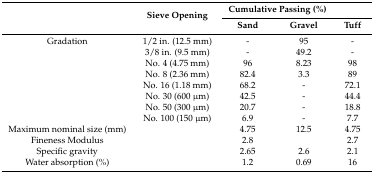
| <ROWSPAN=2>  | <ROWSPAN=2> Sieve Opening | <COLSPAN=2> Cumulative Passing (%) |  |
 | Sand | Gravel | Tuff |
 | --- | --- | --- | --- | --- |
 | Gradation | 1/2 in. (12.5 mm) | - | 95 | - |
 |  | 3/8 in. (9.5 mm) | - | 49.2 | - |
 |  | No. 4 (4.75 mm) | 96 | 8.23 | 98 |
 |  | No. 8 (2.36 mm) | 82.4 | 3.3 | 89 |
 |  | No. 16 (1.18 mm) | 68.2 | - | 72.1 |
 |  | No. 30 (600 μm) | 42.5 | - | 44.4 |
 |  | No. 50 (300 μm) | 20.7 | - | 18.8 |
 |  | No. 100 (150 μm) | 6.9 | - | 7.7 |
 | Maximum nominal size (mm) |  | 4.75 | 12.5 | 4.75 |
 | Fineness Modulus |  | 2.8 |  | 2.7 |
 | Specific gravity |  | 2.65 | 2.6 | 2.1 |
 | Water absorption (%) |  | 1.2 | 0.69 | 16 |